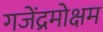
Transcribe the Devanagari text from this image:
गजेंद्रमोक्षम